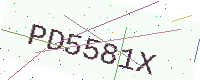
Text: PD5581X